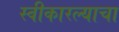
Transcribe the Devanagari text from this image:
स्वीकारल्याचा